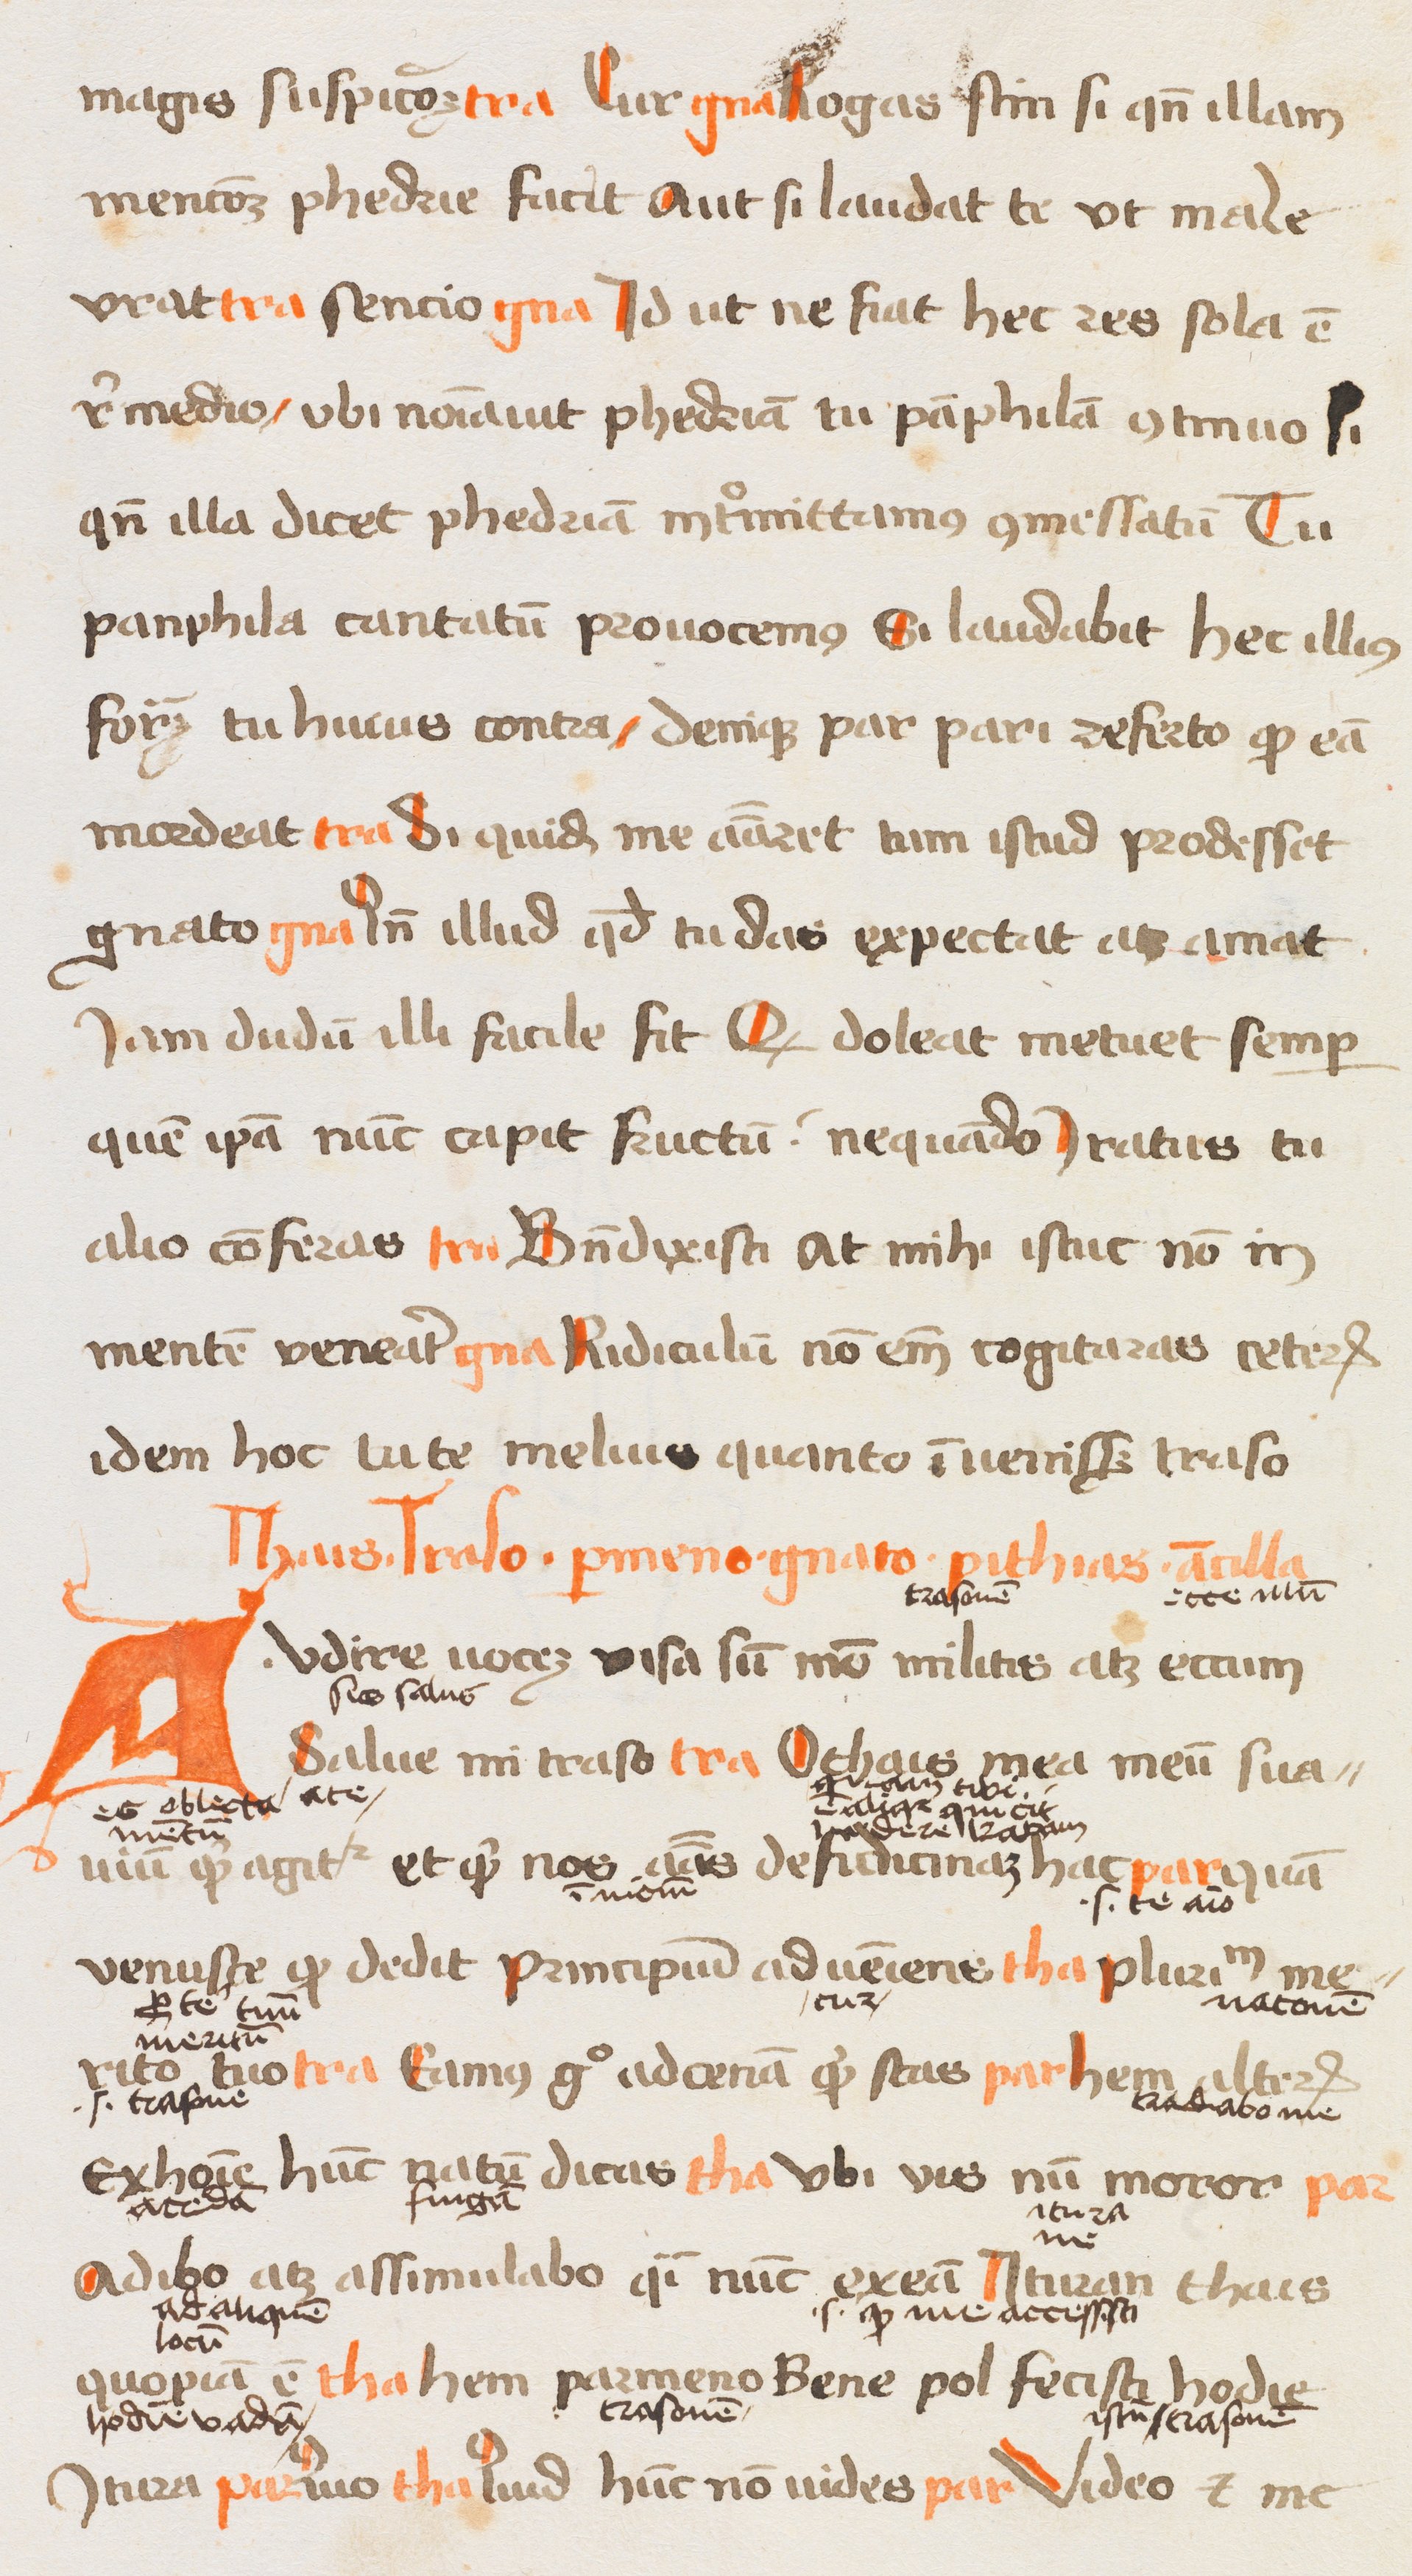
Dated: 1472–1477